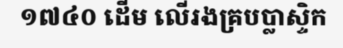
១៧៤០ ដើម លើរងគ្របប្លាស្ទិក